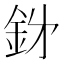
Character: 𮡪